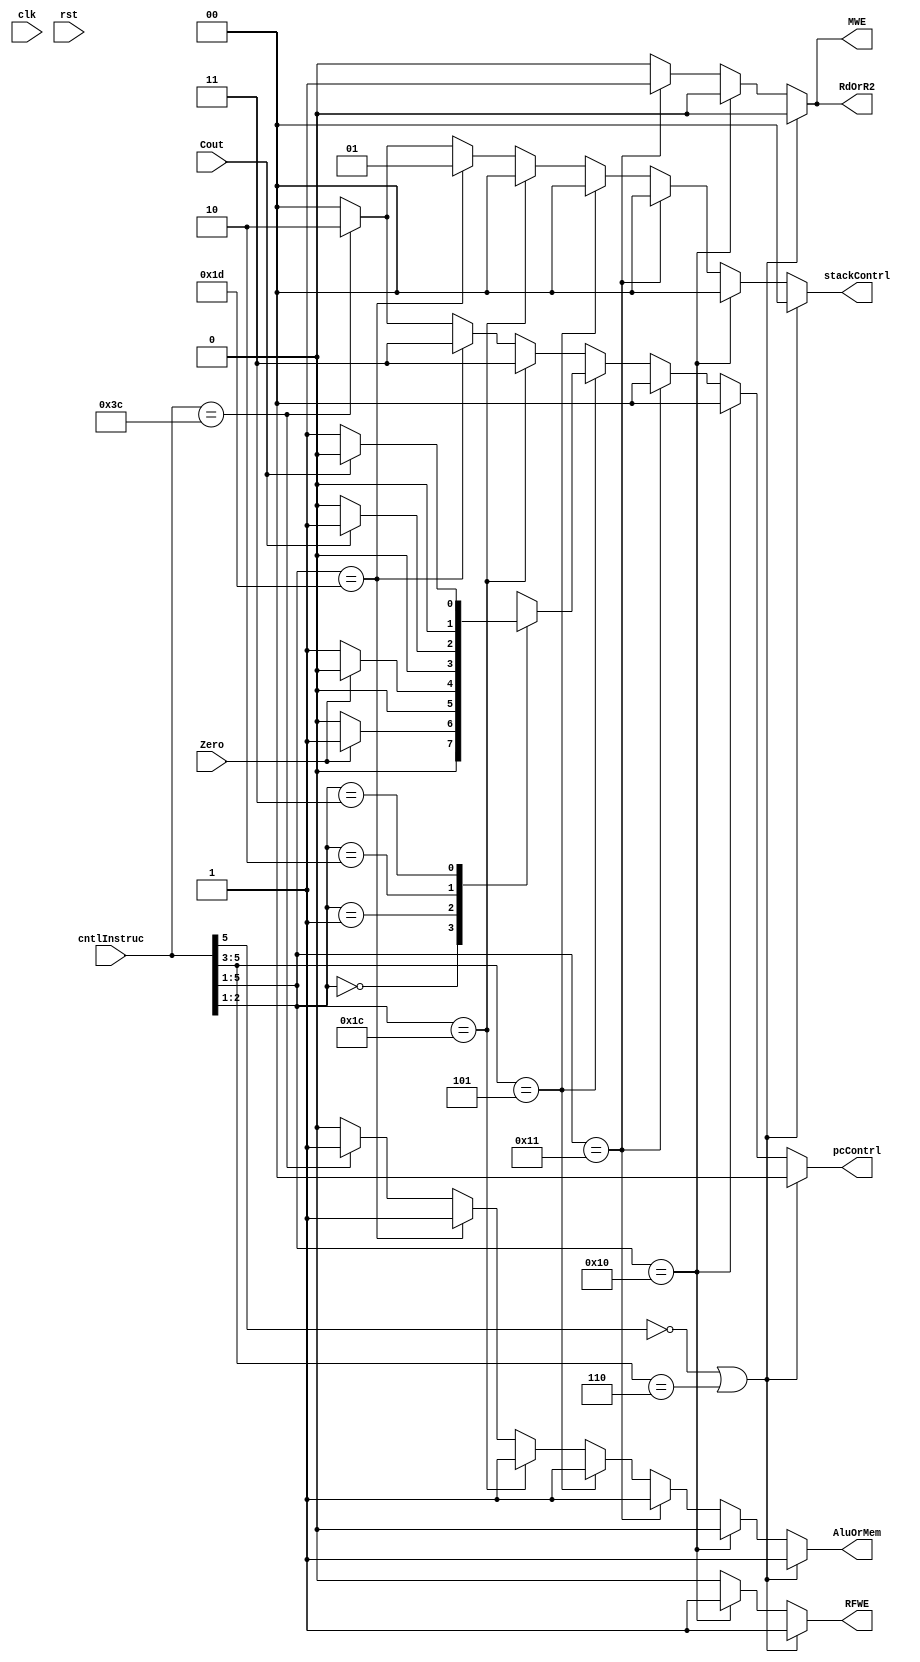
module Controller(input clk,rst,output reg RdOrR2,AluOrMem,RFWE,MWE,output reg[1:0] stackContrl,pcContrl,input Zero,Cout,input[5:0] cntlInstruc);
	/*always@(posedge clk,posedge rst)
		if(rst)
			begin
				RdOrR2=1'b0;
				AluOrMem=1'b0;
				RFWE=1'b0;
				MWE=1'b0;
				stackContrl=2'b00;
				pcContrl=2'b00;
			end
		else
			begin
				RdOrR2=iRdOrR2;
				AluOrMem=iAluOrMem;
				RFWE=iRFWE;
				MWE=iMWE;
				stackContrl=istackContrl;
				pcContrl=ipcContrl;
			end*/
	//reg iRdOrR2,iAluOrMem,iRFWE,iMWE;
	//reg[1:0] istackContrl,ipcContrl;
	/*integer contBugger;
	initial begin
		contBugger = $fopen("controller.log") | 1;
		forever #(2) $fdisplay(contBugger, "%6b,%6b,%6b,%6b,%6b,%6b,%6b,%6b,%6b,%6b,%6b",
			
			clk,rst,iRdOrR2,iAluOrMem,iRFWE,iMWE,istackContrl,ipcContrl,Zero,Cout,cntlInstruc);
	end*/
	always@(rst,Zero,Cout,cntlInstruc)
	begin
		if((cntlInstruc[5] == 1'b0) || (cntlInstruc[5:3] == 3'b110))  //rtype
		begin
			RdOrR2=1'b0;
			AluOrMem=1'b1;
			RFWE=1'b1;
			MWE=1'b0;
			stackContrl=2'b00;
			pcContrl=2'b00;
		end
		else if(cntlInstruc[5:1] == 5'b10000) //ldm
		begin
			RdOrR2=1'b0;
			AluOrMem=1'b0;
			RFWE=1'b1;
			MWE=1'b0;
			stackContrl=2'b00;
			pcContrl=2'b00;
		end
		else if(cntlInstruc[5:1] == 5'b10001) //stm
		begin
			RdOrR2=1'b1;
			AluOrMem=1'b1;//dont care
			RFWE=1'b0;
			MWE=1'b1;
			stackContrl=2'b00;
			pcContrl=2'b00;
		end
		else if(cntlInstruc[5:3] == 3'b101) //branch con
		begin
			RdOrR2=1'b0;//dont care
			AluOrMem=1'b1;//dont care
			RFWE=1'b0;
			MWE=1'b0;
			stackContrl=2'b00;
			case(cntlInstruc[2:1])
				2'b00: pcContrl= Zero ? 2'b01 : 2'b00;
				2'b01: pcContrl= (~Zero) ? 2'b01 : 2'b00;
				2'b10: pcContrl= Cout ? 2'b01 : 2'b00;
				2'b11: pcContrl= (~Cout) ? 2'b01 : 2'b00;
			endcase
		end
		else if(cntlInstruc[5:1] == 5'b11100) //jmp
		begin
			RdOrR2=1'b0;//dont care
			AluOrMem=1'b1;//dont care
			RFWE=1'b0;
			MWE=1'b0;
			stackContrl=2'b00;
			pcContrl=2'b11;
		end
		else if(cntlInstruc[5:1] == 5'b11101) //f call
		begin
			RdOrR2=1'b0;//dont care
			AluOrMem=1'b1;//dont care
			RFWE=1'b0;
			MWE=1'b0;
			stackContrl=2'b01;
			pcContrl=2'b11;
		end
		else if(cntlInstruc[5:0] == 6'b111100) //return
		begin
			RdOrR2=1'b0;//dont care
			AluOrMem=1'b1;//dont care
			RFWE=1'b0;
			MWE=1'b0;
			stackContrl=2'b10;
			pcContrl=2'b10;
		end
		else
		begin
			RdOrR2=1'b0;
			AluOrMem=1'b0;
			RFWE=1'b0;
			MWE=1'b0;
			stackContrl=2'b00;
			pcContrl=2'b00;
		end
	end
endmodule